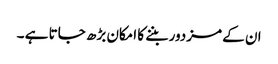
ان کے مزدور بننے کا امکان بڑھ جاتا ہے ۔